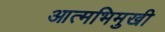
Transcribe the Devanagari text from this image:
आत्मभिमुखी